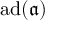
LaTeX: \operatorname { a d } ( { \mathfrak { a } } )